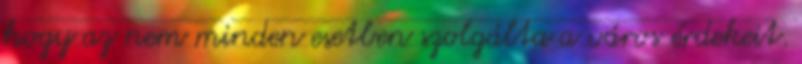
hogy az nem minden esetben szolgálta a város érdekeit.